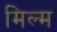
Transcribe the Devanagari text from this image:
मिल्म